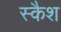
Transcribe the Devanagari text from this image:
स्कैश